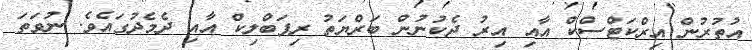
އުތުރުން އިރްކަޓްސްކް އާއި އިރު ދެކުނުން ބަރްޔަތު ރިޕަބްލިކް އާއި ދެމެދުގައެވެ. ނުވަތަ